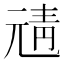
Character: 𩇖